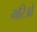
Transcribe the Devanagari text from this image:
मरिओ